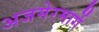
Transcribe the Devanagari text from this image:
अजमेरमार्गे